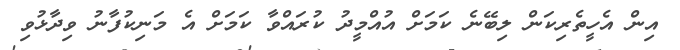
އިން އެހީތެރިކަން ލިބޭނެ ކަމަށް އުއްމީދު ކުރައްވާ ކަމަށް އެ މަނިކުފާނު ވިދާޅުވި